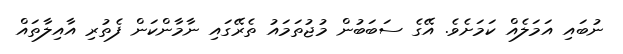
ނުބައި އަމަލެއް ކަމަށެވެ. އޭގެ ސަބަބުން މުޖުތަމައު ތެރޭގައި ނާމާންކަން ފެތުރި އާއިލާތައް